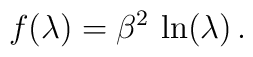
f(\lambda) = \beta^2\,\ln(\lambda)\,.